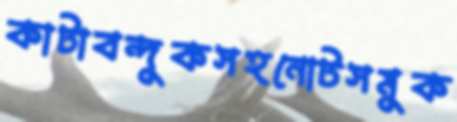
কাটাবন্দুকসহনোটসমুক